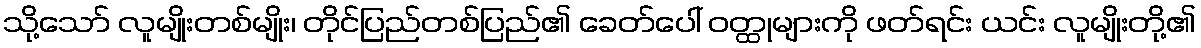
သို့သော် လူမျိုးတစ်မျိုး၊ တိုင်ပြည်တစ်ပြည်၏ ခေတ်ပေါ် ဝတ္ထုများကို ဖတ်ရင်း ယင်း လူမျိုးတို့၏